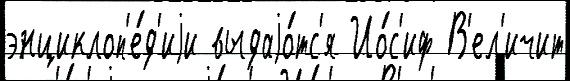
энциклоп'е́д'иjи выдаjо́тс'я Ио́с'иф В'ел'ичит